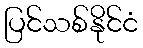
ပြင်သစ်နိုင်ငံ